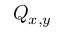
Q _ { x , y }